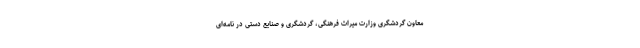
معاون گردشگری وزارت میراث فرهنگی، گردشگری و صنایع دستی در نامه‌ای